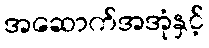
အဆောက်အအုံနှင့်